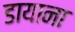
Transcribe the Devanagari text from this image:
डायाना